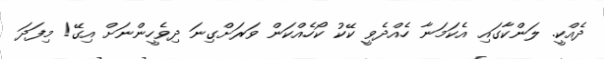
ދެއްކީ. ލަންކާގައި އެކަމަނާ ހެއްދެވީ ކޭކު ކޯހެއްކަން ވަރަށްގިނަ ދިވެހީންނަށް އިގޭ! މިފަދަ